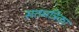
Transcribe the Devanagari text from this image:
सतमत्रिका